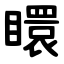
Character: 䁵